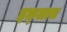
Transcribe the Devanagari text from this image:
इक़्लास